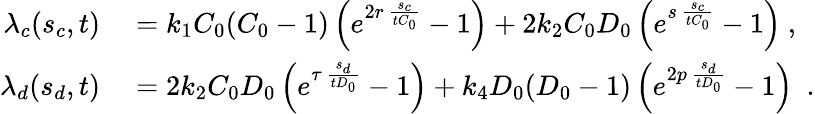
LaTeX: \begin{array}{rl}{\lambda_{c}(s_{c},t)}&{{}=k_{1}C_{0}(C_{0}-1)\left(e^{2r\, \frac{s_{c}}{tC_{0}}}-1\right)+2k_{2}C_{0}D_{0}\left(e^{s\, \frac{s_{c}}{tC_{0}}}-1\right)~,}\\ {\lambda_{d}(s_{d},t)}&{{}=2k_{2}C_{0}D_{0}\left(e^{\tau\, \frac{s_{d}}{tD_{0}}}-1\right)+k_{4}D_{0}(D_{0}-1)\left(e^{2p\, \frac{s_{d}}{tD_{0}}}-1\right)~~.}\end{array}